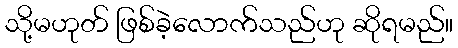
သို့မဟုတ် ဖြစ်ခဲ့လောက်သည်ဟု ဆိုရမည်။